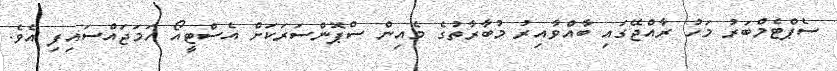
ސެޕްޓެމްބަރު މަހު ރާއްޖޭގައި ބާއްވާއިރު މުބާރާތުގެ މެއިން ސްޕޮންސަރަކަށް އެސްޓީއޯ ހަމަޖައްސައިފި އެވެ.